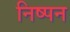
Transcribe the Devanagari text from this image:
निष्पन